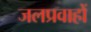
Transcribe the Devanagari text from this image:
जलप्रवाहों